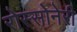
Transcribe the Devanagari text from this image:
रोस्सोनेरी